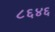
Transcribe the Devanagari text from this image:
८६४६